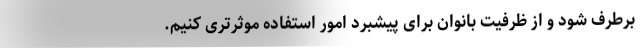
برطرف شود و از ظرفیت بانوان برای پیشبرد امور استفاده موثرتری کنیم.